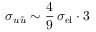
\sigma _ { u \bar { u } } \sim \frac 4 9 \, \sigma _ { \mathrm { e l } } \cdot 3